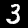
Label: 3